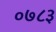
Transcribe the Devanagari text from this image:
०७८३